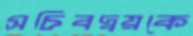
সচিবদ্বয়কে